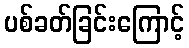
ပစ်ခတ်ခြင်းကြောင့်